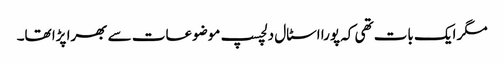
مگر ایک بات تھی کہ پورا اسٹال دلچسپ موضوعات سے بھرا پڑا تھا۔